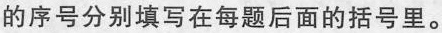
的序号分别填写在每题后面的括号里。